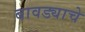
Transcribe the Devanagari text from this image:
बावड्याचे